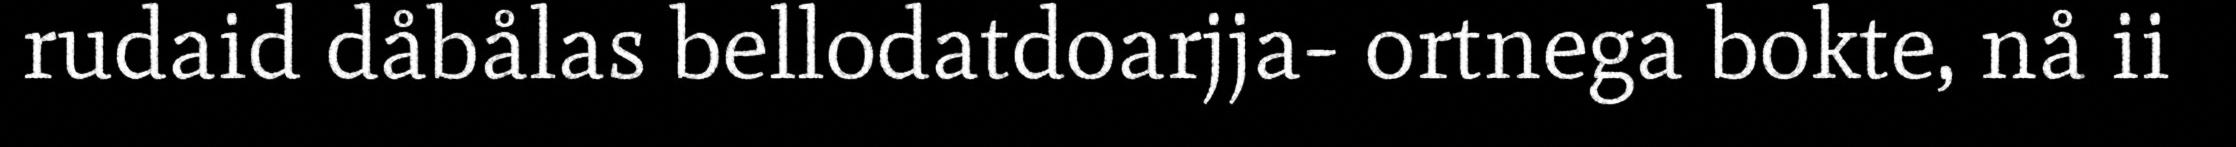
rudaid dåbålas bellodatdoarjja- ortnega bokte, nå ii